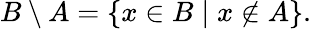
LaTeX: B\setminus A=\{ x\in B\mid x\notin A\} .